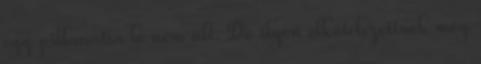
egy pillanatra le nem ült. De ilyen elkötelezettnek még